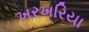
ખરખરિયા